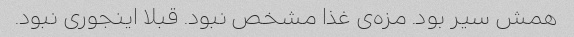
همش سیر بود. مزه‌ی غذا مشخص نبود. قبلا اینجوری نبود.